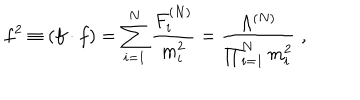
LaTeX: f ^ { 2 } \equiv ( f \cdot f ) = \sum _ { i = 1 } ^ { N } \frac { F _ { i } ^ { ( N ) } } { m _ { i } ^ { 2 } } = \frac { \Lambda ^ { ( N ) } } { \prod _ { i = 1 } ^ { N } m _ { i } ^ { 2 } } \; ,